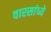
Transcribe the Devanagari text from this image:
वारसांध्ये